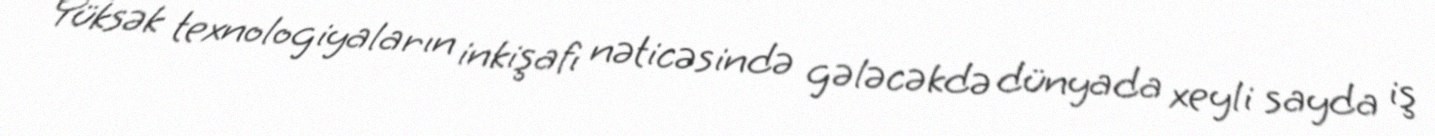
Yüksək texnologiyaların inkişafı nəticəsində gələcəkdə dünyada xeyli sayda iş